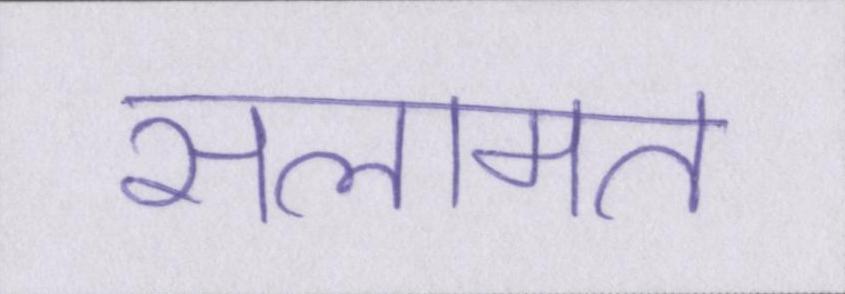
सलामत